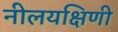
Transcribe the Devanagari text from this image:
नीलयक्षिणी